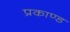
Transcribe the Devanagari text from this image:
प्रकाण्‍ड